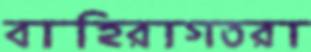
বাহিরাগতরা